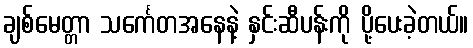
ချစ်မေတ္တာ သင်္ကေတအနေနဲ့ နှင်းဆီပန်းကို ပို့ပေးခဲ့တယ်။